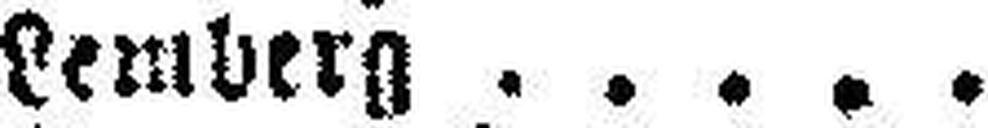
Lemberg